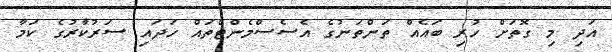
އަދި މި ގޮތަށް ހުރި ބައެއް ތަންތަނުގެ އެސެސްމެންޓްތައް ހަދައި ސަރުކާރުގެ ކަމާ